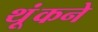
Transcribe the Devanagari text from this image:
थूंकने